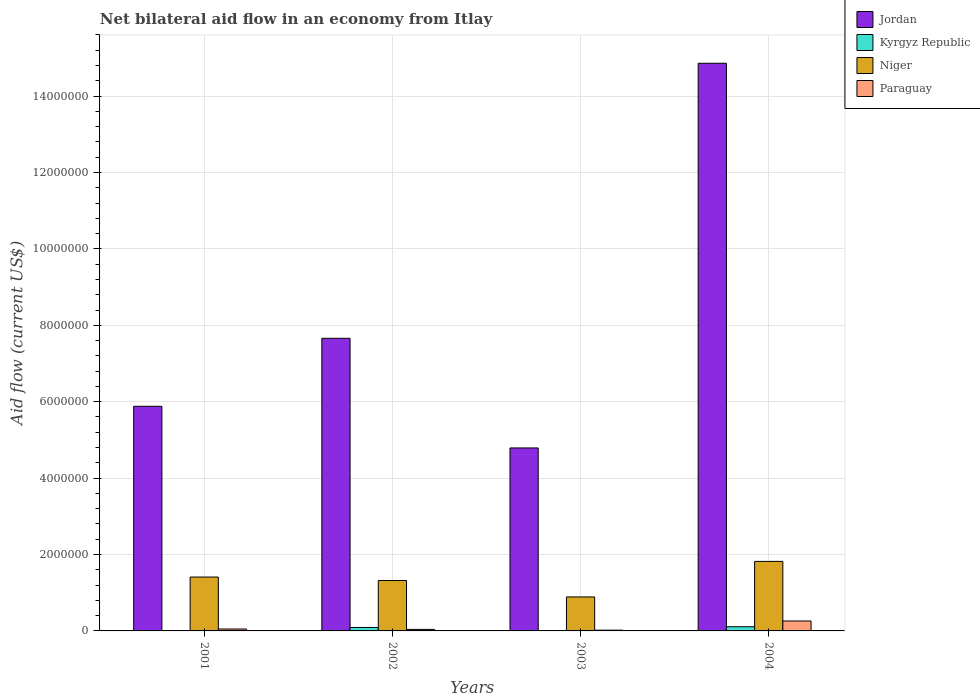
| Years | Jordan | Kyrgyz Republic | Niger | Paraguay |
 | --- | --- | --- | --- | --- |
 | 2001 | 5.88e+06 | 1e+04 | 1.41e+06 | 5e+04 |
 | 2002 | 7.66e+06 | 9e+04 | 1.32e+06 | 4e+04 |
 | 2003 | 4.79e+06 | 1e+04 | 8.9e+05 | 2e+04 |
 | 2004 | 1.49e+07 | 1.1e+05 | 1.82e+06 | 2.6e+05 |